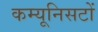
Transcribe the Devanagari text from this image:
कम्यूनिसटों